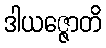
ဒါယဇ္ဇောတိ